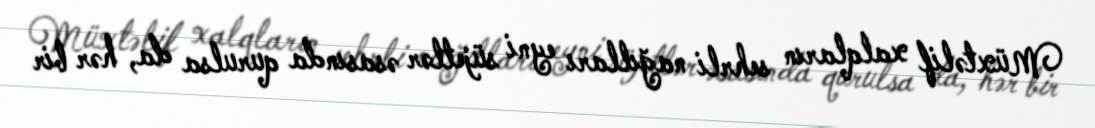
Müxtəlif xalqların sehrli nağılları eyni süjetlər əsasında qurulsa da, hər bir